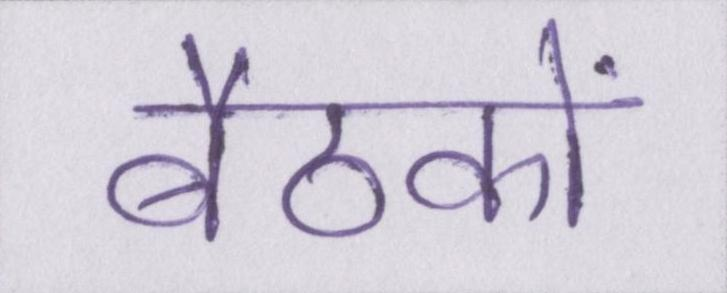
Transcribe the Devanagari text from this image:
बैठकों